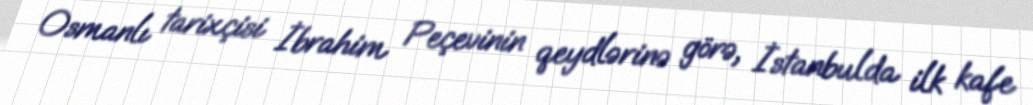
Osmanlı tarixçisi İbrahim Peçevinin qeydlərinə görə, İstanbulda ilk kafe